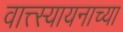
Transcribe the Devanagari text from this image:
वात्त्स्यायनाच्या